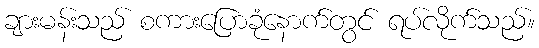
ချားမန်းသည် စကားပြောခုံနောက်တွင် ရပ်လိုက်သည်။